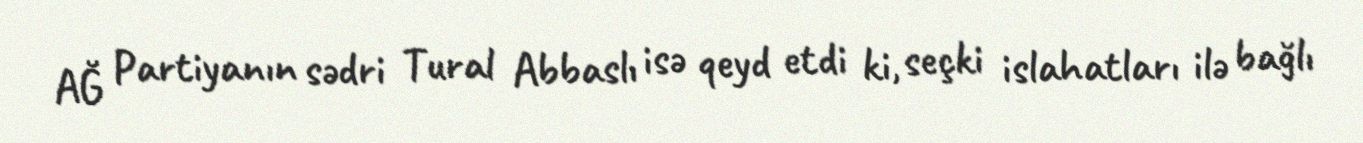
AĞ Partiyanın sədri Tural Abbaslı isə qeyd etdi ki, seçki islahatları ilə bağlı